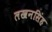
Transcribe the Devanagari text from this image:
लखनसिंह